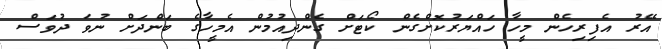
އޭރު އެފިރިހެން މީހާ ހައްޔަރުކޮށްްގެން ކޯޓަށް ގެންދިއުމުން އެމީހާގެ ބަންދަށް ނުވަ ދުވަސް